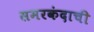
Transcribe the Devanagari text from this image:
समरकंदाची